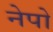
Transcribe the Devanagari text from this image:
नेपो